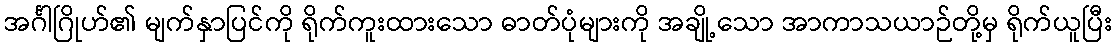
အင်္ဂါဂြိုဟ်၏ မျက်နှာပြင်ကို ရိုက်ကူးထားသော ဓာတ်ပုံများကို အချို့သော အာကာသယာဉ်တို့မှ ရိုက်ယူပြီး